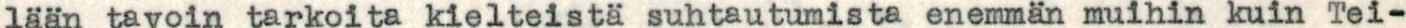
lään tavoin tarkoita kielteistä suhtautumista enemmän muihin kuin Tei-